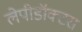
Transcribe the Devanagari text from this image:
लेपीडॉक्टरा